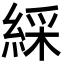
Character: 綵